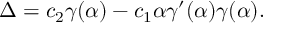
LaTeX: \Delta = c _ { 2 } \gamma ( \alpha ) - c _ { 1 } \alpha \gamma ^ { \prime } ( \alpha ) \gamma ( \alpha ) .